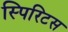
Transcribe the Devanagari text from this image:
स्पिरिटस